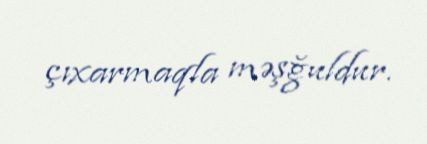
çıxarmaqla məşğuldur.